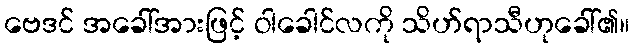
ဗေဒင် အခေါ်အားဖြင့် ဝါခေါင်လကို သိဟ်ရာသီဟုခေါ်၏။